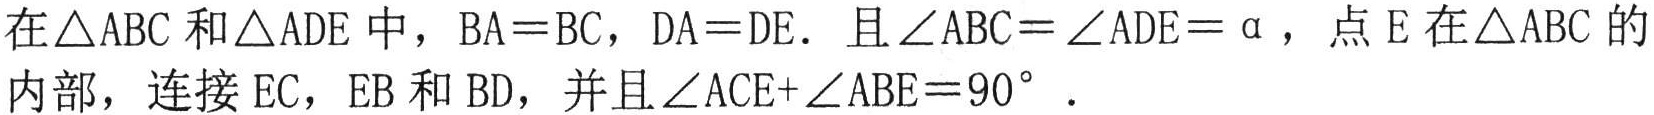
在\(\triangle ABC\)和\(\triangle ADE\)中，\(BA = BC\)，\(DA = DE\)．且\(\angle ABC=\angle ADE = \alpha\)，点\(E\)在\(\triangle ABC\)的内部，连接\(EC\)，\(EB\)和\(BD\)，并且\(\angle ACE+\angle ABE = 90^{\circ}\)．